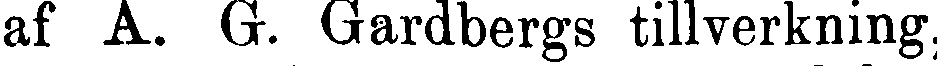
af A. G. Gardbergs tillverkning,